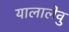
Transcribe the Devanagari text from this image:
यालालेवु